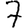
Digit: 7